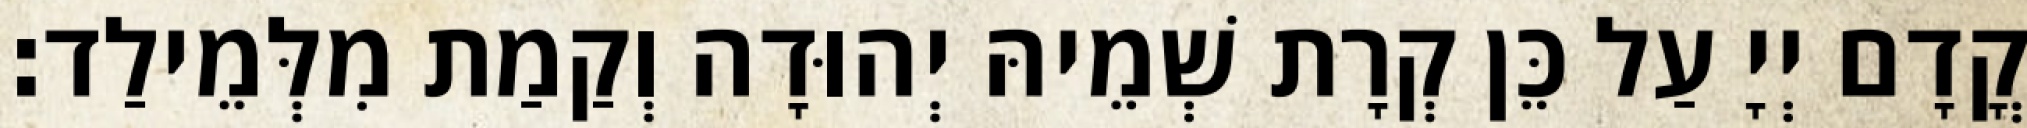
קֳדָם יְיָ עַל כֵּן קְרָת שְׁמֵיהּ יְהוּדָה וְקַמַת מִלְּמֵילַד׃